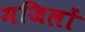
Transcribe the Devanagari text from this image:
मजिलों